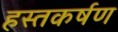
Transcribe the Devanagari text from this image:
हस्तकर्षण